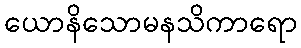
ယောနိသောမနသိကာရော